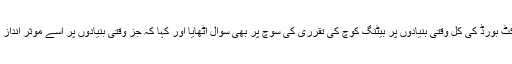
انہوں نے پاکستان کرکٹ بورڈ کی کل وقتی بنیادوں پر بیٹنگ کوچ کی تقرری کی سوچ پر بھی سوال اٹھایا اور کہا کہ جز وقتی بنیادوں پر اسے موثر انداز میں نبھایا جا سکتاہے۔